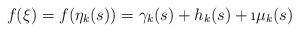
LaTeX: \begin{align*}f(\xi)=f(\eta_k(s))=\gamma_k(s)+h_k(s)+\i\mu_k(s)\end{align*}